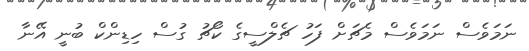
ނަމަވެސް ނަމަވެސް މެޗަށް ފަހު ޗެލްސީގެ ކޯޗު ގުސް ހިޑިންކް ބުނީ އޭނާ